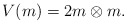
\begin{align*} V(m) =2m\otimes m.\end{align*}